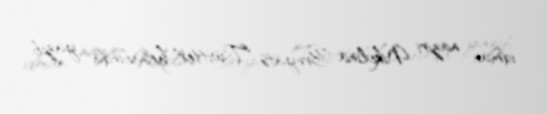
idman naziri Nikolina Brnyats "Twitter" hesabında yazıb.